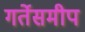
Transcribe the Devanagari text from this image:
गर्तेसमीप